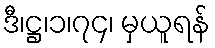
ဒီ၊ဋ္ဌ၊၁၊၇၄၊ မှယူရန်